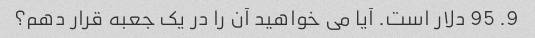
9. 95 دلار است. آیا می خواهید آن را در یک جعبه قرار دهم؟